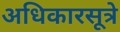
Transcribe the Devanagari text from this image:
अधिकारसूत्रे